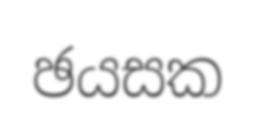
ඡයසක